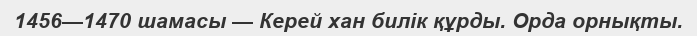
1456—1470 шамасы — Керей хан билік құрды. Орда орнықты.